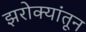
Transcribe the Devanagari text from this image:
झरोक्यांतून